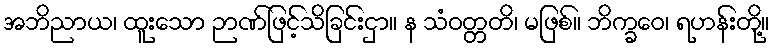
အဘိညာယ၊ ထူးသော ဉာဏ်ဖြင့်သိခြင်းငှာ။ န သံဝတ္တတိ၊ မဖြစ်။ ဘိက္ခဝေ၊ ရဟန်းတို့။